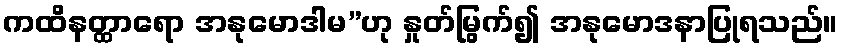
ကထိနတ္ထာရော အနုမောဒါမ”ဟု နှုတ်မြွက်၍ အနုမောဒနာပြုရသည်။